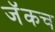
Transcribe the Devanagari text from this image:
जॅकच